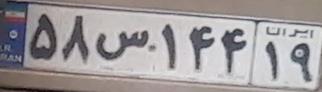
۵۸س۱۴۴۱۹